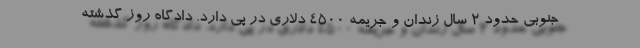
جنوبی حدود 2 سال زندان و جریمه 4500 دلاری در پی دارد. دادگاه روز گذشته